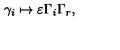
\gamma _ { i } \mapsto \varepsilon \Gamma _ { i } \Gamma _ { r } ,